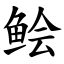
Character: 鲙